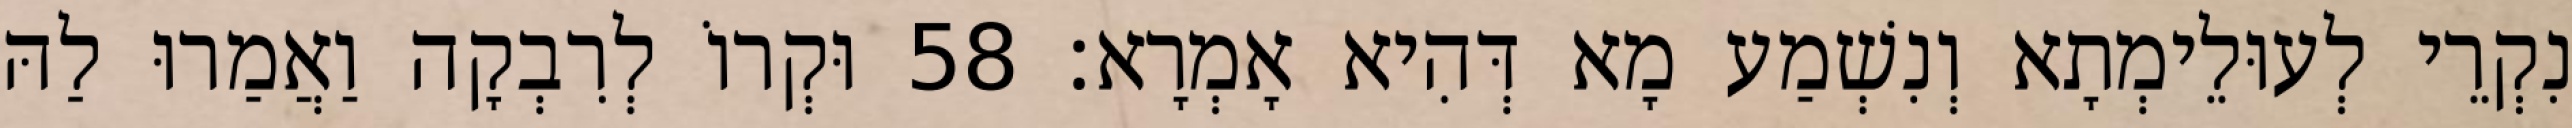
נִקְרֵי לְעוּלֵימְתָא וְנִשְׁמַע מָא דְּהִיא אָמְרָא׃ 58 וּקְרוֹ לְרִבְקָה וַאֲמַרוּ לַהּ